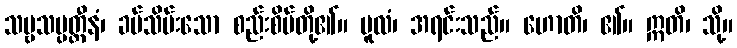
သဗ္ဗသမ္ပတ္တီနံ၊ ခပ်သိမ်းသော စည်းစိမ်တို့၏။ မူလံ၊ အရင်းသည်။ ဟောတိ၊ ၏။ ဣတိ၊ သို့။